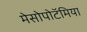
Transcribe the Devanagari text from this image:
मेसोपोटॅमिया